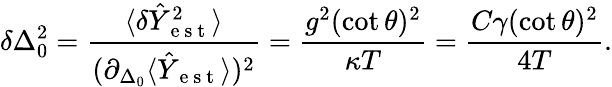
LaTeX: \delta\Delta_{0}^{2}=\frac{\langle\delta\hat{Y}_{\mathrm{~e~s~t~}}^{2}\rangle}{(\partial_{\Delta_{0}}\langle\hat{Y}_{\mathrm{~e~s~t~}}\rangle)^{2}}=\frac{g^{2}(\cot\theta)^{2}}{\kappa T}=\frac{C\gamma(\cot\theta)^{2}}{4T}.